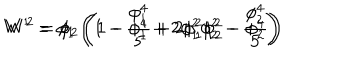
W ^ { 1 } = \phi _ { 1 } \left( 1 - \frac { \phi _ { 1 } ^ { 4 } } { 5 } + 2 \phi _ { 1 } ^ { 2 } \phi _ { 2 } ^ { 2 } - \phi _ { 2 } ^ { 4 } \right) \hspace { 1 c m } W ^ { 2 } = \phi _ { 2 } \left( 1 - \phi _ { 1 } ^ { 4 } + 2 \phi _ { 1 } ^ { 2 } \phi _ { 2 } ^ { 2 } - \frac { \phi _ { 2 } ^ { 4 } } { 5 } \right)